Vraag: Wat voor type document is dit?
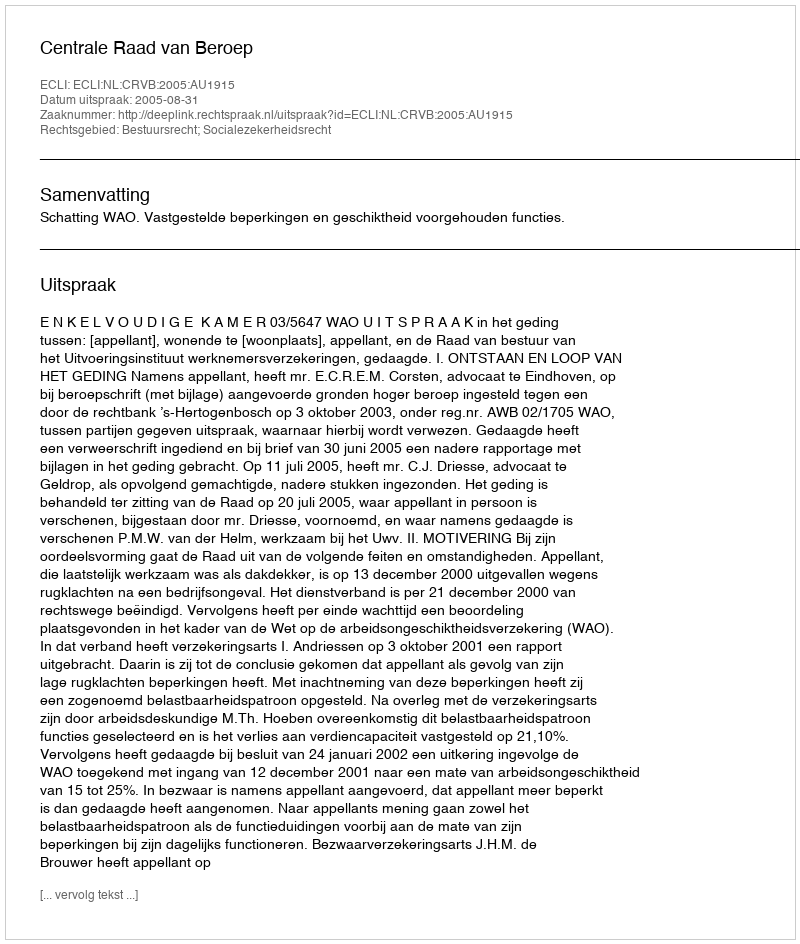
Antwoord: Uitspraak